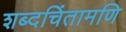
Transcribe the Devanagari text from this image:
शब्दचिंतामणि